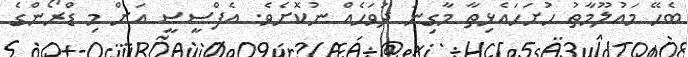
ބެހޭ މައުލޫމާތު ހުށަހައެޅިތާ މާގިނަ ދުވަހެއް ނުކޮށެވެ. އެފްސީސީ އަށް މި ޑްރޯންގެ